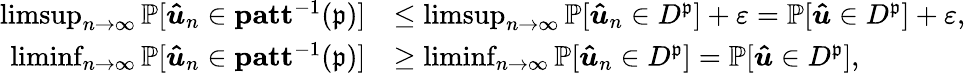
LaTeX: \begin{array}{rl}{\operatorname*{limsup}_{n\rightarrow\infty}\mathbb{P}[\boldsymbol{\hat{u}}_{n}\in\mathbf{patt}^{-1}(\mathfrak{p})]}&{\leq\operatorname*{limsup}_{n\rightarrow\infty}\mathbb{P}[\boldsymbol{\hat{u}}_{n}\in D^{\mathfrak{p}}]+\varepsilon=\mathbb{P}[\boldsymbol{\hat{u}}\in D^{\mathfrak{p}}]+\varepsilon,}\\ {\operatorname*{liminf}_{n\rightarrow\infty}\mathbb{P}[\boldsymbol{\hat{u}}_{n}\in\mathbf{patt}^{-1}(\mathfrak{p})]}&{\geq\operatorname*{liminf}_{n\rightarrow\infty}\mathbb{P}[\boldsymbol{\hat{u}}_{n}\in D^{\mathfrak{p}}]=\mathbb{P}[\boldsymbol{\hat{u}}\in D^{\mathfrak{p}}],}\end{array}